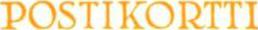
POSTIKORTTI